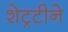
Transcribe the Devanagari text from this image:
शेट्रटीने